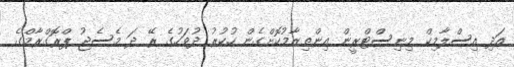
އަދި އިސްލާމިކް މިނިސްޓްރީން އިންތިޒާމުކޮށްގެން ހުކުރު ދުވަހުގެ ރޭ ދަ މެސެޖު ޕްރޮގްރާމްގެ